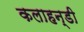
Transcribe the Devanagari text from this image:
कलाहन्डी